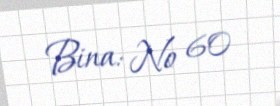
Bina: № 60